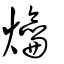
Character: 爚